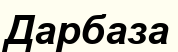
Дарбаза